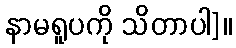
နာမရူပကို သိတာပါ]။